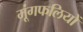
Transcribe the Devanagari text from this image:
मूंगफलियों